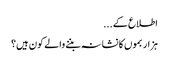
اطلاع کے...
ہزار بموں کا نشانہ بننے والے کون ہیں؟